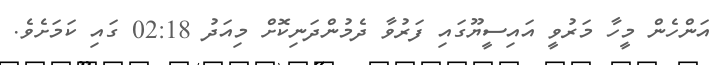
އަންހެން މީހާ މަރުވީ އައިސީޔޫގައި ފަރުވާ ދެމުންދަނިކޮށް މިއަދު 02:18 ގައި ކަމަށެވެ.